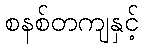
စနစ်တကျနှင့်